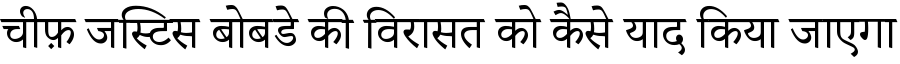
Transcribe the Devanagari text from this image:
चीफ़ जस्टिस बोबडे की विरासत को कैसे याद किया जाएगा